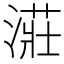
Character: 𣼥